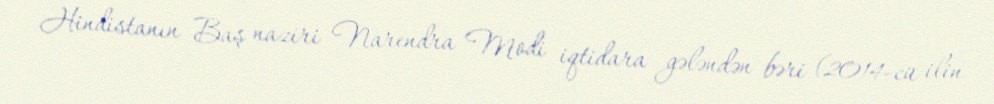
Hindistanın Baş naziri Narendra Modi iqtidara gələndən bəri (2014-cü ilin